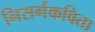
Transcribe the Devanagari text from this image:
निसर्गकविता